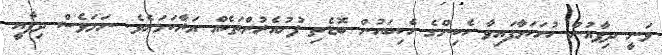
ވަނީ ދިފާއުން ހުށަހަޅާފައިވާ ހެކިންގެ ހެކިބަހުން ބޮޑެތި ފުށުއެރުންތަކެއް އަރާކަމަށެވެެ. ނަމަވެސް ދިފާއީ